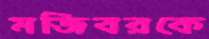
মজিবরকে